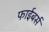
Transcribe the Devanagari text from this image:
फाईबर्स